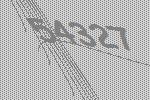
54327